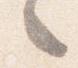
々